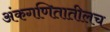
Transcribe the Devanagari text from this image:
अंकगणितातीलच